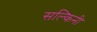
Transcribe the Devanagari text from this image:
सल्किनी